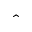
\hat { }